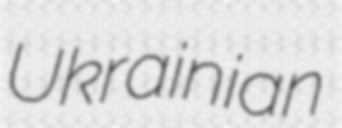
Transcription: Ukrainian